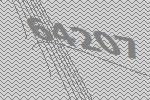
64207